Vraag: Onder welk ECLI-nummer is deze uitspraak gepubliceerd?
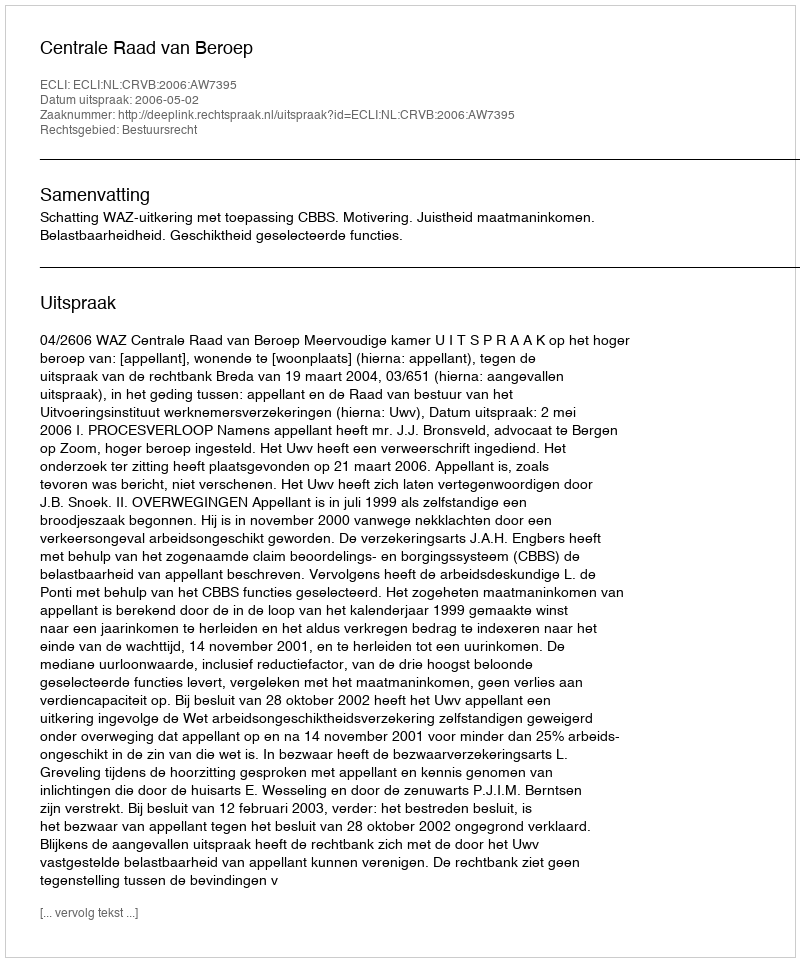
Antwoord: ECLI:NL:CRVB:2006:AW7395